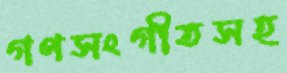
গণসংগীতসহ